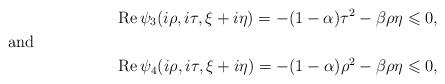
LaTeX: \begin{align*}\operatorname{Re}\psi_3(i\rho,i\tau,\xi+i\eta)=-(1-\alpha)\tau^2-\beta\rho\eta\leqslant 0,\shortintertext{and }\operatorname{Re}\psi_4(i\rho,i\tau, \xi+i\eta)=-(1-\alpha)\rho^2-\beta\rho\eta \leqslant 0,\end{align*}